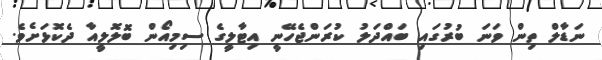
ނަޑާލް ތިން ވަނަ ބުރުގައި ބައްދަލު ކުރަންޖެހޭނީ އިޓާލީގެ ސިމިއޯން ބޮލޮލީއާ ދެކޮޅަށެވެ.